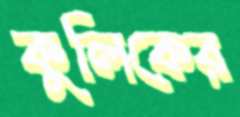
কুলিকের